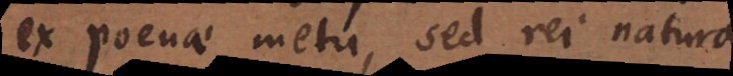
ex poenae metu, sed rei natura.